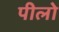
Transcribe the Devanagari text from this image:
पीलो